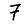
Digit: 7